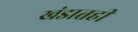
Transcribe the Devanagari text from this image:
खंडातही